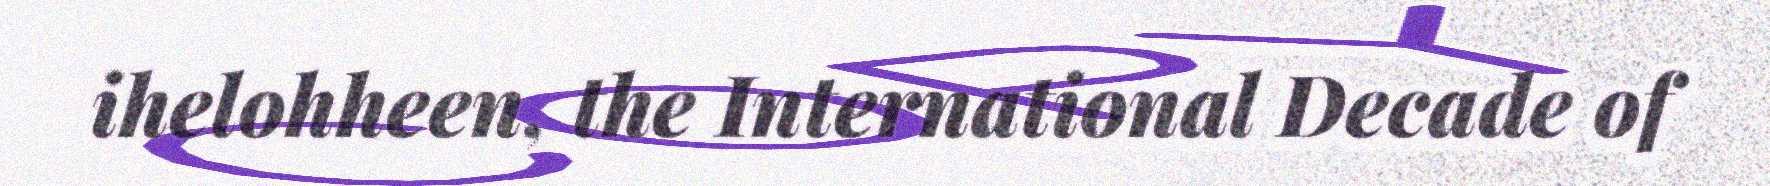
ihelohheen, the International Decade of